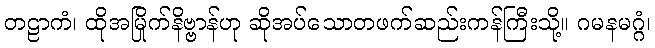
တဠာကံ၊ ထိုအမြိုက်နိဗ္ဗာန်ဟု ဆိုအပ်သောတဖက်ဆည်းကန်ကြီးသို့။ ဂမနမဂ္ဂံ၊